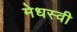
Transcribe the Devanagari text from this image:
मेधस्वी